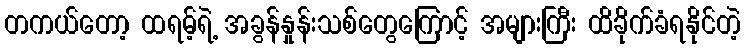
တကယ်တော့ ထရမ့်ရဲ့ အခွန်နှုန်းသစ်တွေကြောင့် အများကြီး ထိခိုက်ခံရနိုင်တဲ့